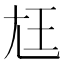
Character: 尪